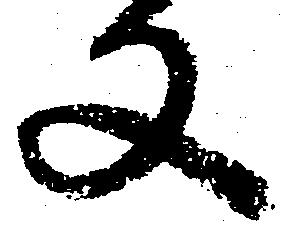
又